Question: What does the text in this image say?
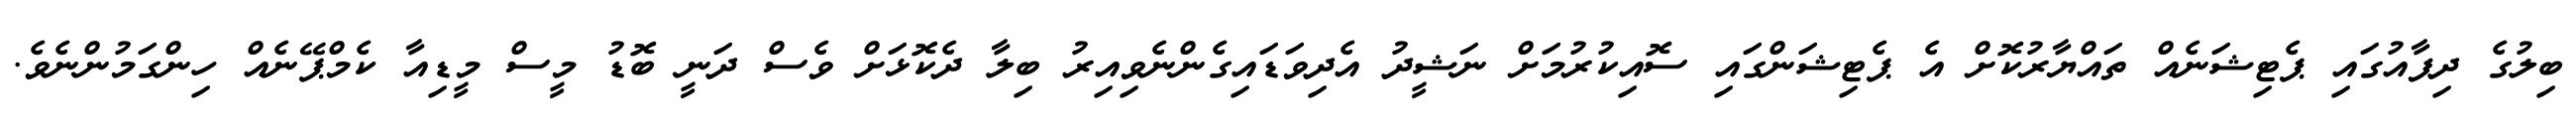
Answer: ބިލުގެ ދިފާއުގައި ޕެޓިޝަނެއް ތައްޔާރުކޮށް އެ ޕެޓިޝަންގައި ސޮއިކުރުމަށް ނަޝީދު އެދިވަޑައިގެންނެވިއިރު ބިލާ ދެކޮޅަށް ވެސް ދަނީ ބޮޑު މީސް މީޑިއާ ކެމްޕޭނެއް ހިންގަމުންނެވެ.